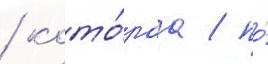
/ кото́раа / по́